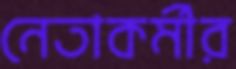
নেতাকর্মীর